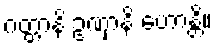
ဂတ္တာနိ ဥဏှာနိ ဟောန္တိ။